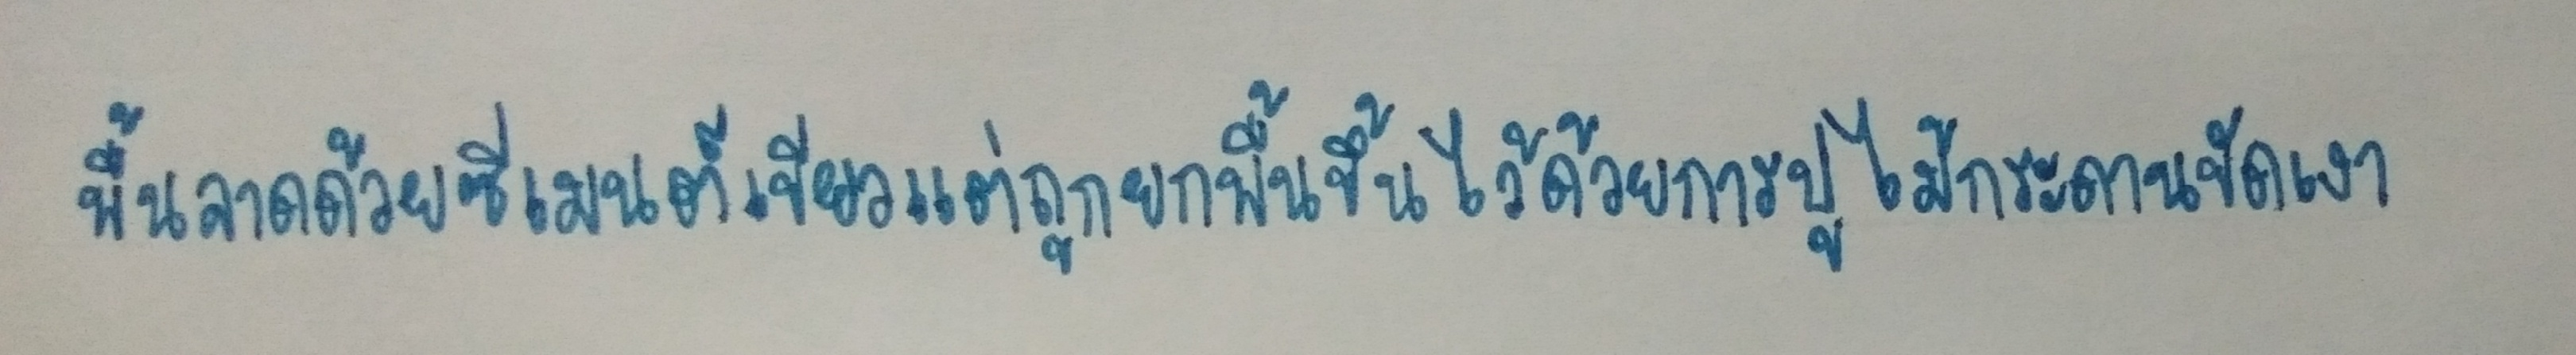
พื้นลาดด้วยซีเมนต์เขียวแต่ถูกยกพื้นขึ้นไว้ด้วยการปูไม้กระดานขัดเงา